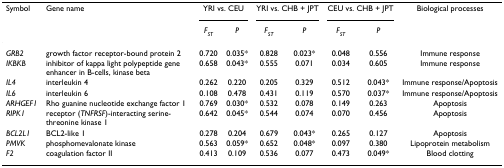
| Symbol | Gene name | <COLSPAN=2> YRI vs. CEU | <COLSPAN=2> YRI vs. CHB + JPT | <COLSPAN=2> CEU vs. CHB + JPT | Biological processes |
 |  |  | FST | P | FST | P | FST | P |  |
 | --- | --- | --- | --- | --- | --- | --- | --- | --- |
 | GRB2 | growth factor receptor-bound protein 2 | 0.720 | 0.035* | 0.828 | 0.023* | 0.048 | 0.556 | Immune response |
 | IKBKB | inhibitor of kappa light polypeptide gene enhancer in B-cells, kinase beta | 0.658 | 0.043* | 0.555 | 0.071 | 0.034 | 0.605 | Immune response |
 | IL4 | interleukin 4 | 0.262 | 0.220 | 0.205 | 0.329 | 0.512 | 0.043* | Immune response/Apoptosis |
 | IL6 | interleukin 6 | 0.108 | 0.478 | 0.431 | 0.119 | 0.570 | 0.037* | Immune response/Apoptosis |
 | ARHGEF1 | Rho guanine nucleotide exchange factor 1 | 0.769 | 0.030* | 0.532 | 0.078 | 0.149 | 0.263 | Apoptosis |
 | RIPK1 | receptor (TNFRSF)-interacting serine-threonine kinase 1 | 0.642 | 0.045* | 0.544 | 0.074 | 0.070 | 0.456 | Apoptosis |
 | BCL2L1 | BCL2-like 1 | 0.278 | 0.204 | 0.679 | 0.043* | 0.265 | 0.127 | Apoptosis |
 | PMVK | phosphomevalonate kinase | 0.563 | 0.059* | 0.652 | 0.048* | 0.097 | 0.380 | Lipoprotein metabolism |
 | F2 | coagulation factor II | 0.413 | 0.109 | 0.536 | 0.077 | 0.473 | 0.049* | Blood clotting |